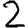
Digit: 2